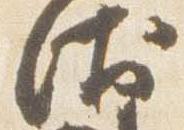
衛